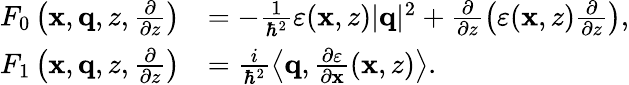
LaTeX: \begin{array}{rl}{F_{0}\left(\mathbf{x},\mathbf{q},z,\frac{\partial}{\partial z}\right)}&{=-\frac{1}{\hbar^{2}}\varepsilon(\mathbf{x},z)|\mathbf{q}|^{2}+\frac{\partial}{\partial z}\left(\varepsilon(\mathbf{x},z)\frac{\partial}{\partial z}\right),}\\ {F_{1}\left(\mathbf{x},\mathbf{q},z,\frac{\partial}{\partial z}\right)}&{=\frac{i}{\hbar^{2}}\left\langle\mathbf{q},\frac{\partial\varepsilon}{\partial\mathbf{x}}(\mathbf{x},z)\right\rangle.}\end{array}